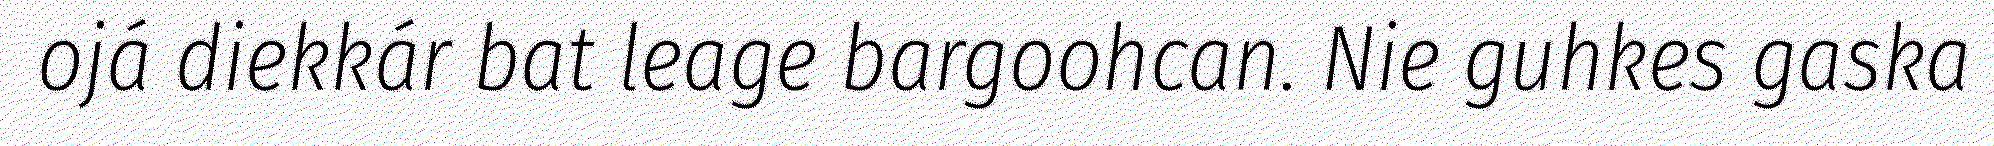
ojá diekkár bat leage bargoohcan. Nie guhkes gaska